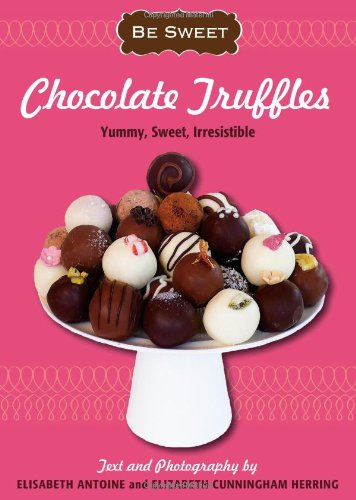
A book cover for Be Sweet: Chocolate Truffles: Yummy, Sweet, Irresistible (Be Sweet (Sellers)); Elisabeth Antoine and Elizabeth Cunningham Herring; Cookbooks, Food & Wine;